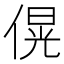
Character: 𪝚